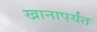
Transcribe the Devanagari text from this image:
खानापर्यंत